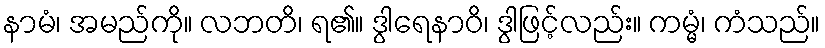
နာမံ၊ အမည်ကို။ လဘတိ၊ ရ၏။ ဒွါရေနာဝိ၊ ဒွါဖြင့်လည်း။ ကမ္မံ၊ ကံသည်။